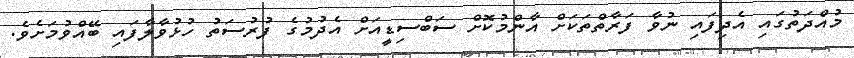
މުއްދަތުގައި އެދިފައި ނުވާ ފަރާތްތަކަށް އާންމުކޮށް ސަބްސިޑީއަށް އެދުމުގެ ފުރުސަތު ހުޅުވާލާފައި ބޭއްވުމަށެވެ.